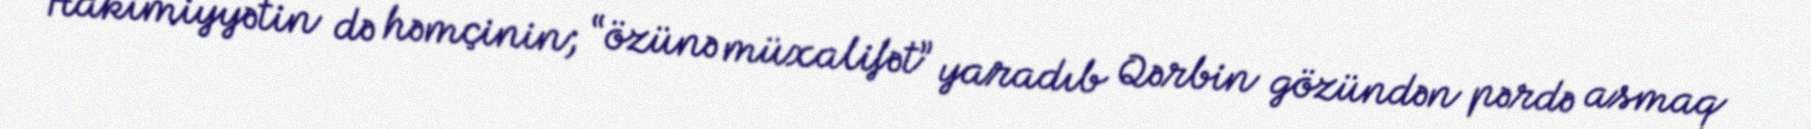
Hakimiyyətin də həmçinin; “özünə müxalifət” yaradıb Qərbin gözündən pərdə asmaq